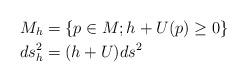
LaTeX: \begin{align*}M_{h} & =\left\{ p\in M;h+U(p)\geq0\right\} \\ds_{h}^{2} & =(h+U)ds^{2}\end{align*}